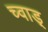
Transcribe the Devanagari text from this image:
च्वाड़्